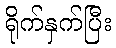
ရိုက်နှက်ပြီး